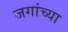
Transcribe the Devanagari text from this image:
जगांच्या